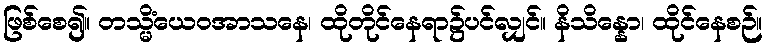
ဖြစ်စေ၍။ တသ္မိံယေဝအာသနေ၊ ထိုတိုင်နေရာ၌ပင်လျှင်။ နိသိန္နော၊ ထိုင်နေစဉ်။